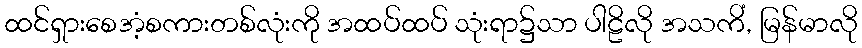
ထင်ရှားစေအံ့စကားတစ်လုံးကို အထပ်ထပ် သုံးရာ၌သာ ပါဠိလို အသကိံ, မြန်မာလို